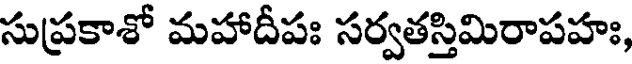
సుప్రకాశో మహాదీపః సర్వతస్తిమిరాపహః,